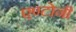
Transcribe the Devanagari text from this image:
एण्टोनी